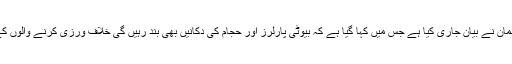
اس حوالے سے حکومت پنجاب کے ترجمان نے بیان جاری کیا ہے جس میں کہا گیا ہے کہ بیوٹی پارلرز اور حجام کی دکانیں بھی بند رہیں گی خلاف ورزی کرنے والوں کے خلاف قانونی کارووائی کی جائے گی۔